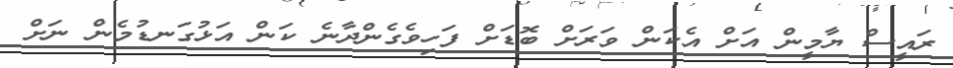
ރައީސް ޔާމީން އަށް އެކަން ވަރަށް ބޮޑަށް ފަހިވެގެންދާނެ ކަން އަޅުގަނޑުމެން ނަށް